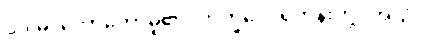
ဝဒါမိ၊ ဟောတော်မူ၏။ ဘိက္ခဝေ၊ ရဟန်းတို့။ အယံ၊